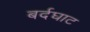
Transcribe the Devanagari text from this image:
बर्दघाट